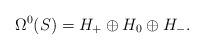
LaTeX: \begin{gather*}\Omega^0(S)= H_+\oplus H_0\oplus H_-. \end{gather*}